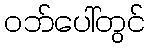
ဝဘ်ပေါ်တွင်